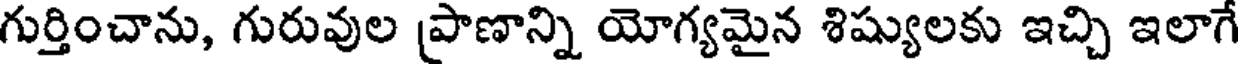
గుర్తించాను, గురువుల ప్రాణాన్ని యోగ్యమైన శిష్యులకు ఇచ్చి ఇలాగే